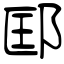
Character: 邼